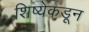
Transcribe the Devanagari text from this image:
शिष्येकडून